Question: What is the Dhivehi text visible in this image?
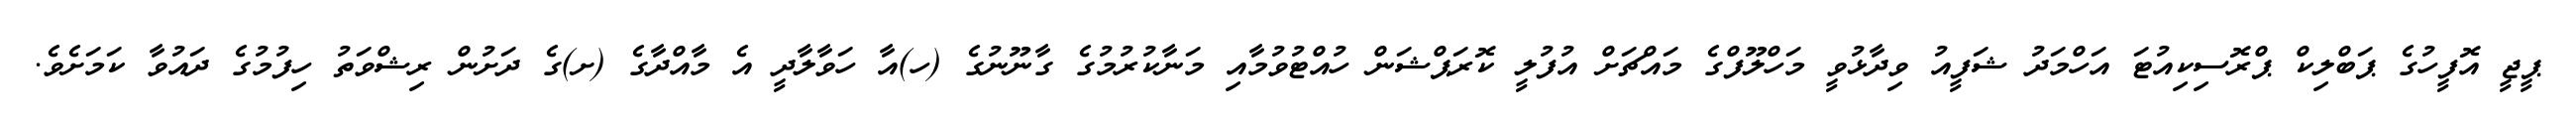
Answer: ޕީޖީ އޮފީހުގެ ޕަބްލިކް ޕްރޮސިކިއުޓަ އަހްމަދު ޝަފީއު ވިދާޅުވީ މަހްލޫފްގެ މައްޗަށް އުފުލީ ކޮރަޕްޝަން ހުއްޓުވުމާއި މަނާކުރުމުގެ ގާނޫނުގެ (ހ)އާ ހަވާލާދީ އެ މާއްދާގެ (ށ)ގެ ދަށުން ރިޝްވަތު ހިފުމުގެ ދައުވާ ކަމަށެވެ.